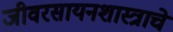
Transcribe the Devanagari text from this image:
जीवरसायनशास्त्राचे